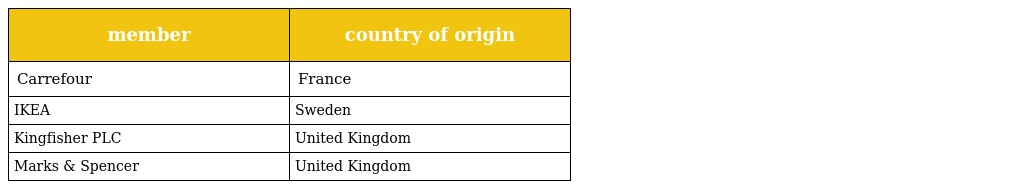
| member | country of origin |
 | --- | --- |
 | Carrefour | France |
 | IKEA | Sweden |
 | Kingfisher PLC | United Kingdom |
 | Marks & Spencer | United Kingdom |